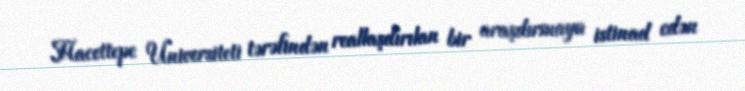
Hacettepe Universiteti tərəfindən reallaşdırılan bir araşdırmaya istinad edən